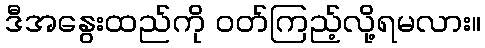
ဒီအနွေးထည်ကို ဝတ်ကြည့်လို့ရမလား။